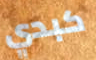
كبدي